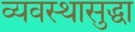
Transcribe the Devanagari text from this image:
व्यवस्थासुद्धा